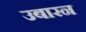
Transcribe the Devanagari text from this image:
उबारन